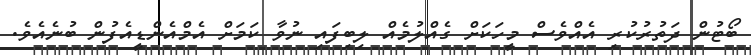
ބޯޓުން ދަތުރުކުރި އެއްވެސް މީހަކަށް ގެއްލުމެއް ލިބިފައި ނުވާ ކަމަށް އެމްއެންޑީއެފުން ބުނެއެވެ.